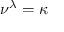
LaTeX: \nu ^ { \lambda } = \kappa